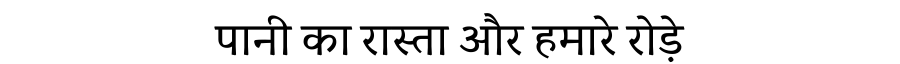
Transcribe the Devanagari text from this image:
पानी का रास्ता और हमारे रोड़े